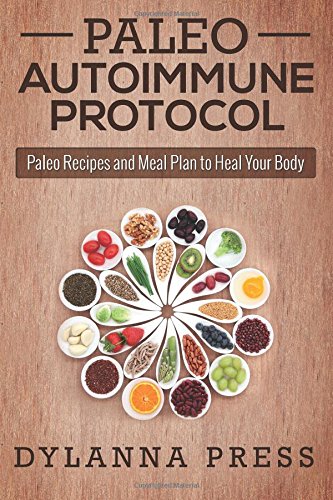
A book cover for Paleo Autoimmune Protocol: Paleo Recipes and Meal Plan to Heal Your Body (Paleo Cooking); Dylanna Press; Health, Fitness & Dieting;